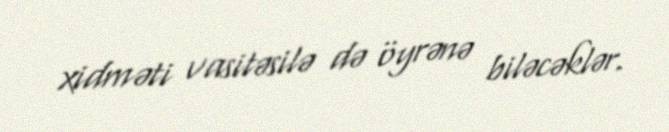
xidməti vasitəsilə də öyrənə biləcəklər.